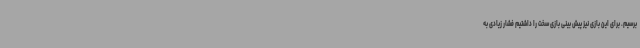
برسیم. برای این بازی نیز پیش بینی بازی سخت را داشتیم فشار زیادی به